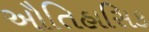
ઔતિહાસિક